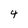
Character: 4